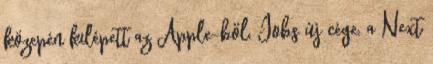
közepén kilépett az Apple-ből, Jobs új cége, a Next